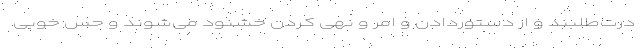
درت‌طلبند و از دستوردادن و امر و نهی کردن خشنود می‌شوند و حس خوبی